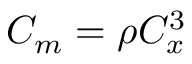
C _ { m } = \rho C _ { x } ^ { 3 }